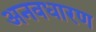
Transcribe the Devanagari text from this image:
अनवधारण